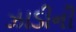
ઝાડીની